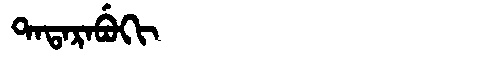
Manchu: ᡨᠠᡨᠠᡵᠠᠪᡠᡴᡳ
Romanization: TATARABUKI